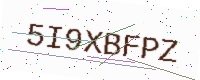
Text: 5I9XBFPZ